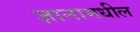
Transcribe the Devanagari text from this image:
ज्ञानामधील